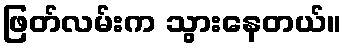
ဖြတ်လမ်းက သွားနေတယ်။